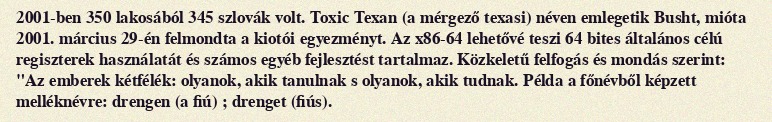
2001-ben 350 lakosából 345 szlovák volt. Toxic Texan (a mérgező texasi) néven emlegetik Busht, mióta 2001. március 29-én felmondta a kiotói egyezményt. Az x86-64 lehetővé teszi 64 bites általános célú regiszterek használatát és számos egyéb fejlesztést tartalmaz. Közkeletű felfogás és mondás szerint: "Az emberek kétfélék: olyanok, akik tanulnak s olyanok, akik tudnak. Példa a főnévből képzett melléknévre: drengen (a fiú) ; drenget (fiús).